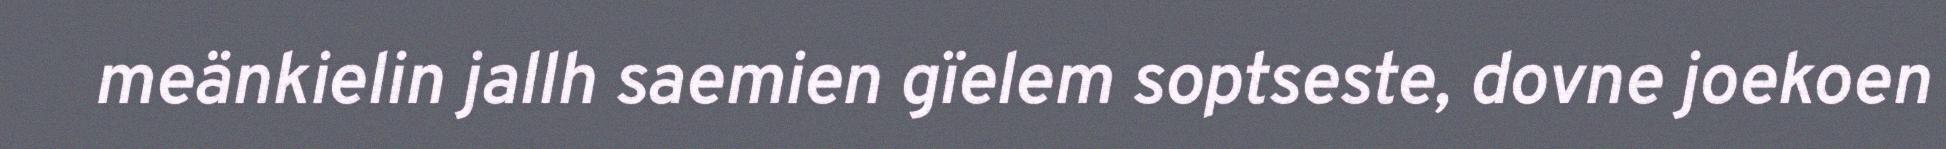
meänkielin jallh saemien gïelem soptseste, dovne joekoen